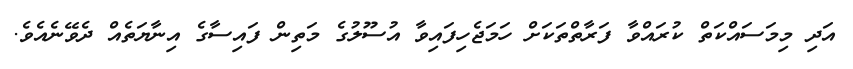
އަދި މިމަސައްކަތް ކުރައްވާ ފަރާތްތަކަށް ހަމަޖެހިފައިވާ އުސޫލުގެ މަތިން ފައިސާގެ އިނާޔަތެއް ދެވޭނެއެވެ.